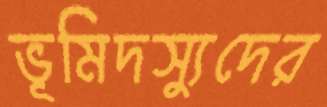
ভূমিদস্যুদের